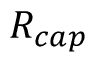
R _ { c a p }